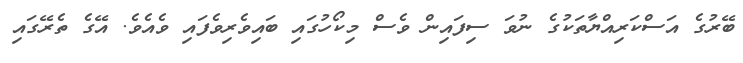
ބޭރުގެ އަސްކަރިއްޔާތަކުގެ ނުވަ ސިފައިން ވެސް މިކޯހުގައި ބައިވެރިވެފައި ވެއެވެ. އޭގެ ތެރޭގައި